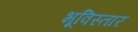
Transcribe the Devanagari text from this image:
भूविस्तार